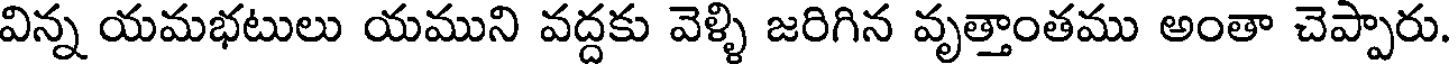
విన్న యమభటులు యముని వద్దకు వెళ్ళి జరిగిన వృత్తాంతము అంతా చెప్పారు.